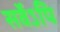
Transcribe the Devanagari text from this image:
सर्वेऽपि